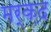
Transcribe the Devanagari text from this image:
मर्क़द